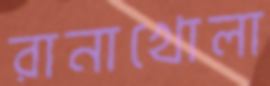
রানাখোলা